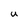
Character: u